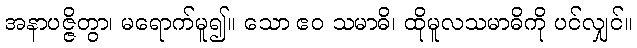
အနာပဇ္ဇိတွာ၊ မရောက်မူ၍။ သော ဧဝ သမာဓိ၊ ထိုမူလသမာဓိကို ပင်လျှင်။